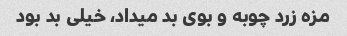
مزه زرد چوبه و بوی بد میداد، خیلی بد بود